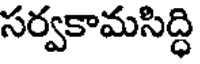
సర్వకామసిద్ధి